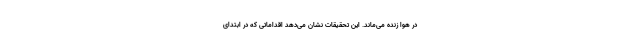
در هوا زنده می‌ماند. این تحقیقات نشان می‌دهد اقداماتی که در ابتدای